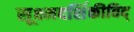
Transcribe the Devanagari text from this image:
सूक्ष्मदर्शिकीविद्